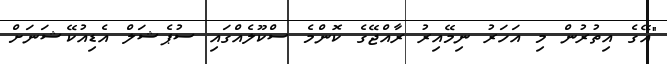
"އޭގެ އިތުރުން މި އަހަރު ނިމޭއިރު ރާއްޖޭގެ ކޮންމެ ސްކޫލެއްގައި ސުޕެޝަލް އެޑިއުކޭޝަނަށް